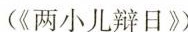
(《两小儿辩日》)